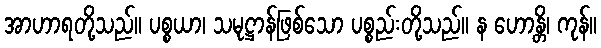
အာဟာရတို့သည်။ ပစ္စယာ၊ သမုဋ္ဌာန်ဖြစ်သော ပစ္စည်းတို့သည်။ န ဟောန္တိ၊ ကုန်။